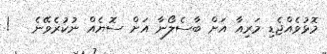
މޮޅުވެއްޖެޑި މަރިއާ އަށް ބާސެލޯނާ އަށް ސޮޔެއް ނުކުރެވޭނެ   !